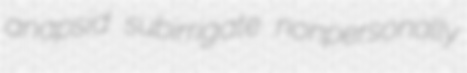
anapsid subirrigate nonpersonally